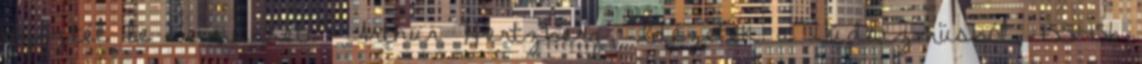
győztél le bennünket.’" Arthur Hertzberg, Idézetek a Júdaizmusból, 155-156